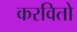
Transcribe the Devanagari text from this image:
करवितो